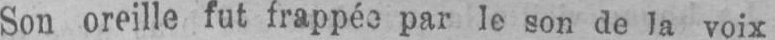
Son oreille fut frappée par le son de la voix